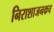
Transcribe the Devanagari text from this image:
निराशाजनकच